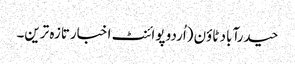
حیدرآباد ٹاؤن (اُردو پوائنٹ اخبارتازہ ترین۔